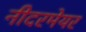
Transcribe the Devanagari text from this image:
नीदरमेयर